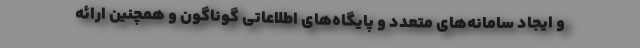
و ایجاد سامانه‌های متعدد و پایگاه‌های اطلاعاتی گوناگون و همچنین ارائه